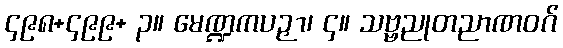
၄၉၈+၄၉၉+ ၃။ မေဏ္ဍကပဉှာ၊ ၄။ သဗ္ဗညုတညာဏဝဂ်